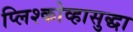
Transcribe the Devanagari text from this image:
प्लिश्कोव्हासुद्धा